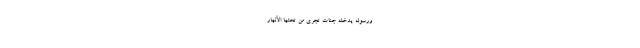
وَرَسُولَهُ يُدْخِلْهُ جَنَّاتٍ تَجْرِي مِنْ تَحْتِهَا الْأَنْهَارُ